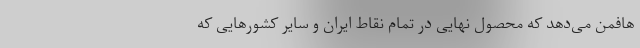
هافمن می‌دهد که محصول نهایی در تمام نقاط ایران و سایر کشورهایی که